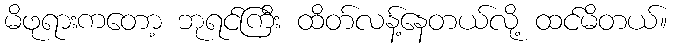
မိဖုရားကတော့ ဘုရင်ကြီး ထိတ်လန့်နေတယ်လို့ ထင်မိတယ်။